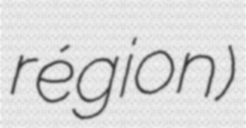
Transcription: région)